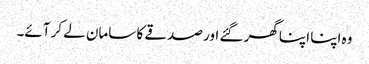
وہ اپنا اپنا گھر گئے اور صدقے کا سامان لے کر آئے۔